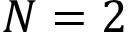
N = 2